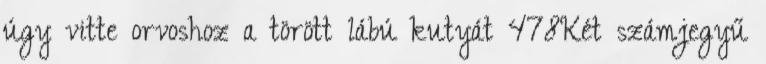
úgy vitte orvoshoz a törött lábú kutyát 478Két számjegyű